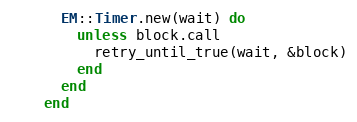
Language: Ruby
      EM::Timer.new(wait) do
        unless block.call
          retry_until_true(wait, &block)
        end
      end
    end